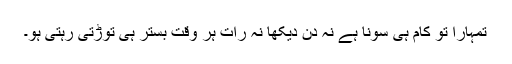
تمہارا تو کام ہی سونا ہے نہ دن دیکھا نہ رات ہر وقت بستر ہی توڑتی رہتی ہو۔